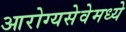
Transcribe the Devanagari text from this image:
आरोग्यसेवेमध्ये